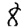
Digit: 8